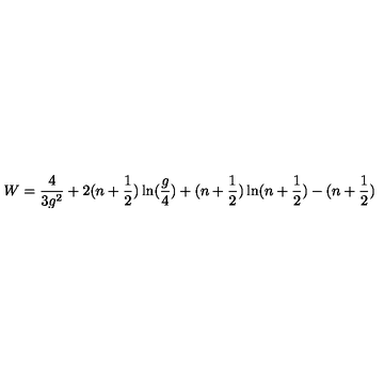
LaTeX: W = \frac { 4 } { 3 g ^ { 2 } } + 2 ( n + \frac { 1 } { 2 } ) \ln ( \frac { g } { 4 } ) + ( n + \frac { 1 } { 2 } ) \ln ( n + \frac { 1 } { 2 } ) - ( n + \frac { 1 } { 2 } )